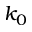
k _ { 0 }